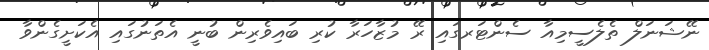
ނޭޝަނަލް ތެލެސީމިއާ ސެންޓަރގައި ރޭ މުޒާހަރާ ކުރި ބައިވެރިން ބުނީ އެތަނުގައި އެކަށީގެންވާ